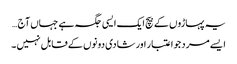
یہ پہاڑوں کے بیچ ایک ایسی جگہ ہے جہاں آج …
ایسے مرد جو اعتبار اور شادی دونوں کے قابل نہیں ۔